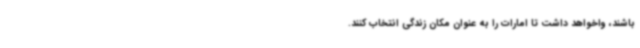
باشند، واخواهد داشت تا امارات را به عنوان مکان زندگی انتخاب کنند.